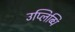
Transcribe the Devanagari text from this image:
उप्लिब्धि